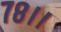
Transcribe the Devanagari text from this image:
७८।।